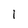
Character: l